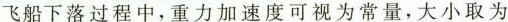
飞船下落过程中，重力加速度可视为常亮，大小取为